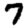
Digit: 7